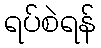
ရပ်စဲရန်